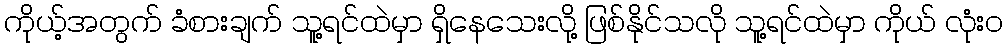
ကိုယ့်အတွက် ခံစားချက် သူ့ရင်ထဲမှာ ရှိနေသေးလို့ ဖြစ်နိုင်သလို သူ့ရင်ထဲမှာ ကိုယ် လုံးဝ